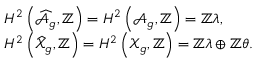
\begin{array} { r l } & { H ^ { 2 } \left( \widehat { \mathcal { A } } _ { g } , \mathbb { Z } \right) = H ^ { 2 } \left( { \mathcal { A } } _ { g } , \mathbb { Z } \right) = \mathbb { Z } \lambda , } \\ & { H ^ { 2 } \left( \widehat { \mathcal { X } } _ { g } , \mathbb { Z } \right) = H ^ { 2 } \left( { \mathcal { X } } _ { g } , \mathbb { Z } \right) = \mathbb { Z } \lambda \oplus \mathbb { Z } \theta . } \end{array}